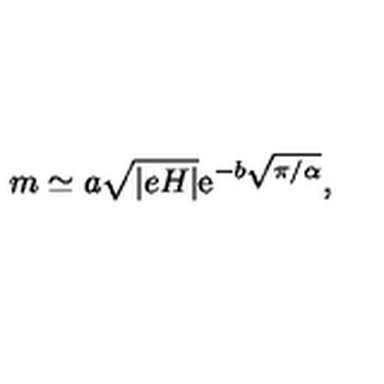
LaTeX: m \simeq a \sqrt { | e H | } \mathrm { e } ^ { - b \sqrt { \pi / \alpha } } ,